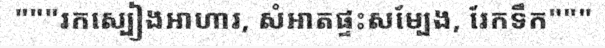
"""រកស្បៀងអាហារ, សំអាតផ្ទះសម្បែង, រែកទឹក"""